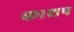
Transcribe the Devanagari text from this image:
काशप